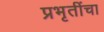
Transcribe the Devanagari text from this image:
प्रभृतींचा